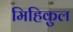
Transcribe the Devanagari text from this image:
मिहिकुल